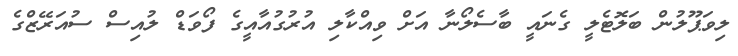
ލިވަޕޫލުން ބަލޮޓެލީ ގެނައީ ބާސެލޯނާ އަށް ވިއްކާލި އުރުގުއާއީގެ ފޯވަޑް ލުއިސް ސުއަރޭޒްގެ